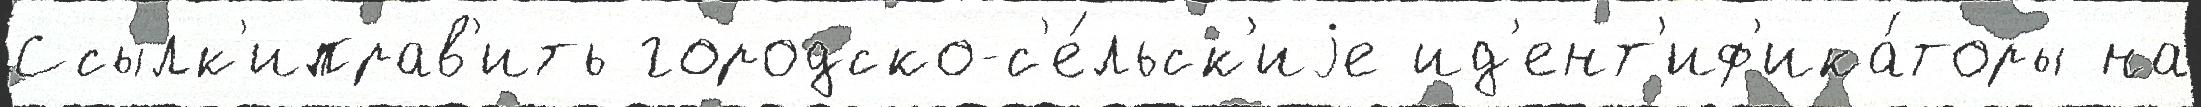
Ссылк'иправ'ить городско-с'е́льск'иjе ид'ент'иф'ика́торы на